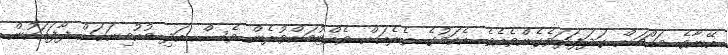
އޭނާގެ މައްޗަށް ގަދަފަދަވެގެންވެއެވެ. އެކަމުގެ ތެރެއަށް ވެއްޓުމަށްވުރެން ވެސް އަދި މުއުމިނަކަށް ފާފައަކުން